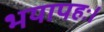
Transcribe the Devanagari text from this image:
भयापहः।